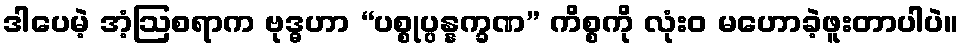
ဒါပေမဲ့ အံ့ဩစရာက ဗုဒ္ဓဟာ “ပစ္စုပ္ပန္နက္ခဏ” ကိစ္စကို လုံးဝ မဟောခဲ့ဖူးတာပါပဲ။